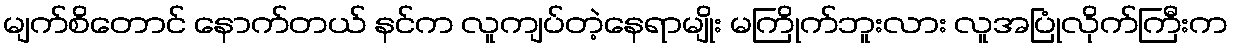
မျက်စိတောင် နောက်တယ် နင်က လူကျပ်တဲ့နေရာမျိုး မကြိုက်ဘူးလား လူအပြုံလိုက်ကြီးက